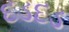
દડદડ